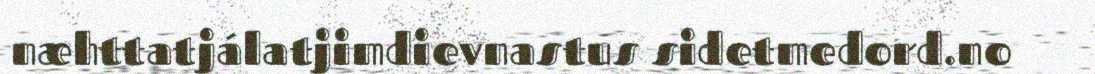
næhttatjálatjimdievnastus sidetmedord.no